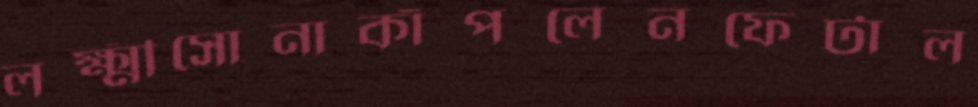
লক্ষ্মীসোনাকাঁপলেনফেটাল